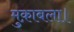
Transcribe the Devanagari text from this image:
मुक़ाबला।